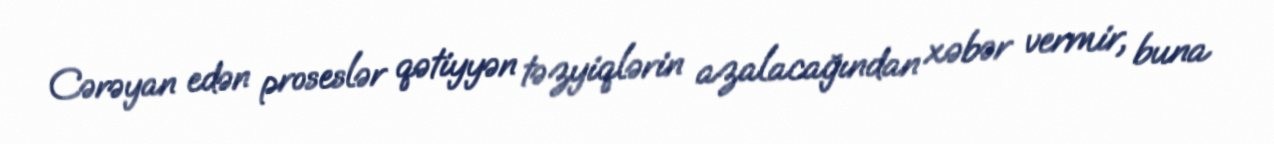
Cərəyan edən proseslər qətiyyən təzyiqlərin azalacağından xəbər vermir, buna